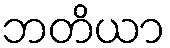
ဘတိယာ